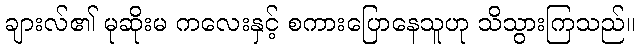
ချားလ်၏ မုဆိုးမ ကလေးနှင့် စကားပြောနေသူဟု သိသွားကြသည်။